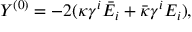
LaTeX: Y ^ { ( 0 ) } = - 2 ( \kappa \gamma ^ { i } \bar { E } _ { i } + \bar { \kappa } \gamma ^ { i } E _ { i } ) ,